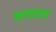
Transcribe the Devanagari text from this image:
दायरात